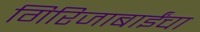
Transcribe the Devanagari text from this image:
गिरिजाबाईंचा